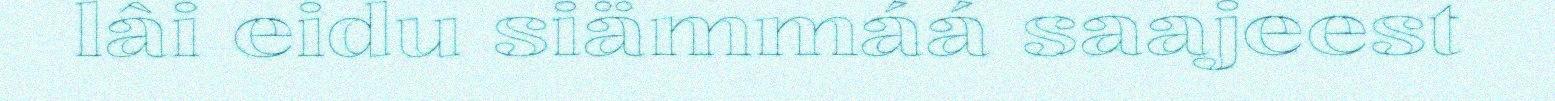
lâi eidu siämmáá saajeest